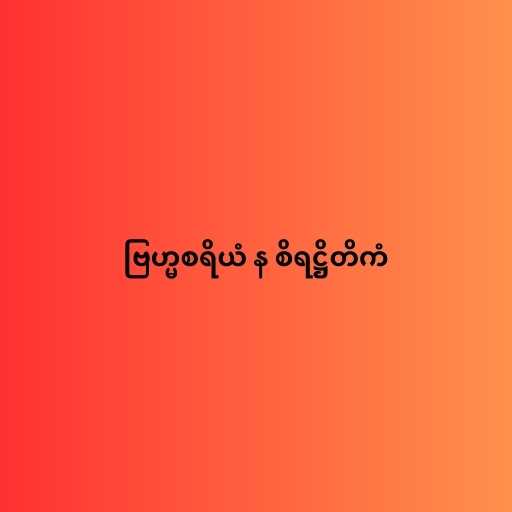
ဗြဟ္မစရိယံ န စိရဋ္ဌိတိကံ